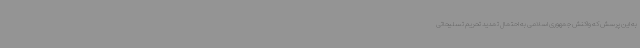
به این پرسش که واکنش جمهوری اسلامی به احتمال تمدید تحریم تسلیحاتی